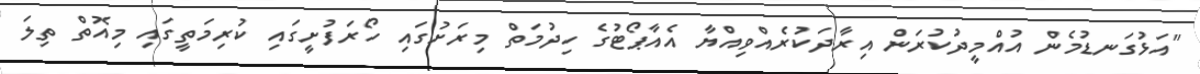
"އަޅުގަނޑުމެން އުއްމީދުކުރަން އިރާދަކުރެއްވިއްޔާ އެއާޕޯޓުގެ ހިދުމަތް މިރަށުގައި ހޯރަފުށީގައި ކުރިމަތީގައި މިއޮތް ތިލަ